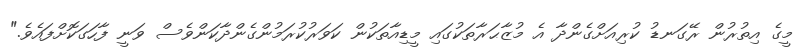
މީގެ އިތުރުން ރޭގަނޑު ކުރިއަށްގެންދާ އެ މުޒާޙަރާތަކުގައި މީޑިއާތަކުން ކަވަރުކުރަމުންގެންދާކަންވެސް ވަނީ ފާހަގަކޮށްފައެވެ."